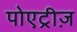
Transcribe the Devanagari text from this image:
पोएट्रीज़